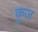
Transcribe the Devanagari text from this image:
कुज